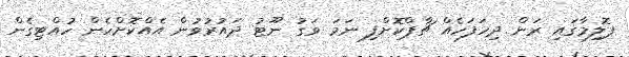
ޕޮލިމާގައި ރަން ދިހަފަހެއް ޗާޕްކޮށްފި ނަމަ ވަގު ނޫޓު ދައުރުވުން އެއްކޮށްހެން ހުއްޓިގެން